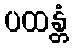
ပထန္တံ